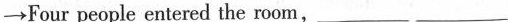
\rightarrow Four people entered the room,___ ___